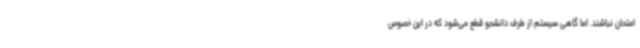
امتحان نباشند. اما گاهی سیستم از طرف دانشجو قطع می‌شود که در این خصوص